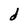
Character: d